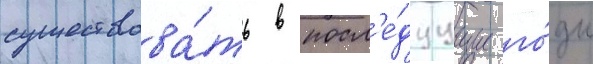
существова́ть в посл'е́дуущие го́ды